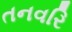
તનવરિ